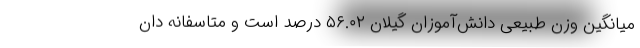
میانگین وزن طبیعی دانش‌آموزان گیلان ۵۶.۰۲ درصد است و متاسفانه دان